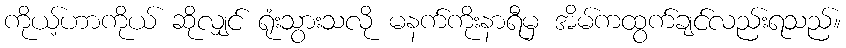
ကိုယ့်ဟာကိုယ် ဆိုလျှင် ရုံးသွားသလို မနက်ကိုးနာရီမှ အိမ်ကထွက်ချင်လည်းရသည်။